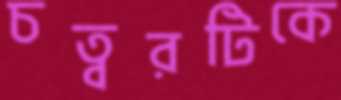
চত্বরটিকে